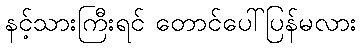
နင့်သားကြီးရင် တောင်ပေါ်ပြန်မလား